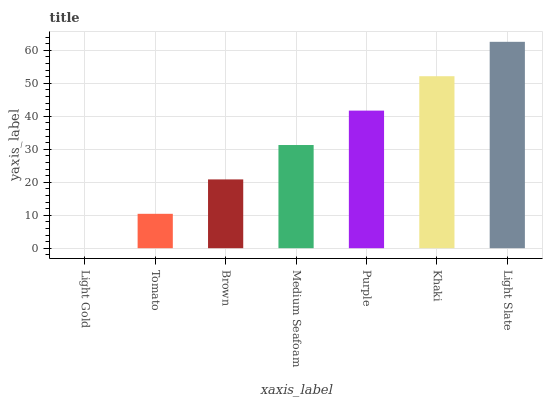
| xaxis_label | bars |
 | --- | --- |
 | Light Gold | 0 |
 | Tomato | 10.4 |
 | Brown | 20.8 |
 | Medium Seafoam | 31.3 |
 | Purple | 41.7 |
 | Khaki | 52.1 |
 | Light Slate | 62.5 |